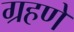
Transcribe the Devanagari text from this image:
ग्रहणे